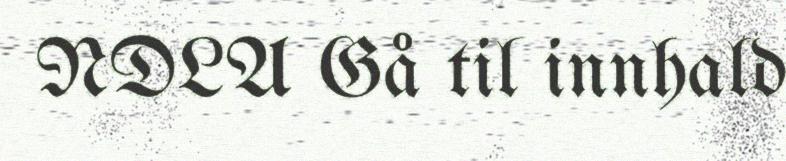
NDLA Gå til innhald